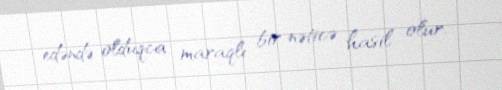
edəndə olduqca maraqlı bir nəticə hasil olur.